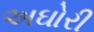
અઘોરી